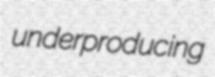
underproducing